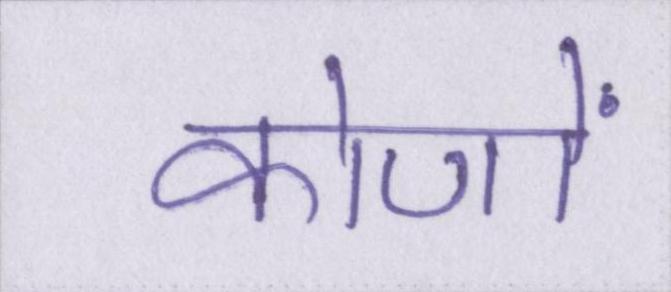
कोणों